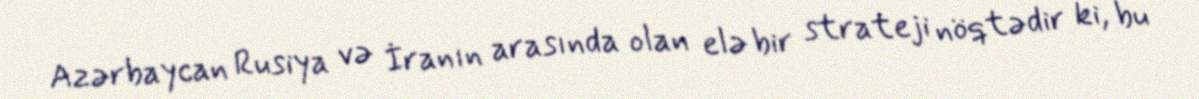
Azərbaycan Rusiya və İranın arasında olan elə bir strateji nöqtədir ki, bu